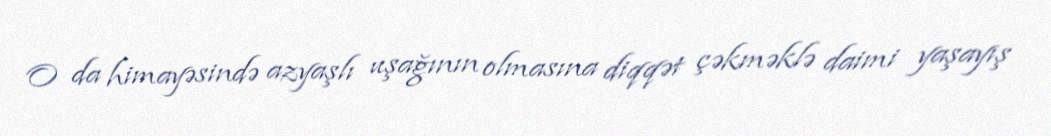
O da himayəsində azyaşlı uşağının olmasına diqqət çəkməklə daimi yaşayış